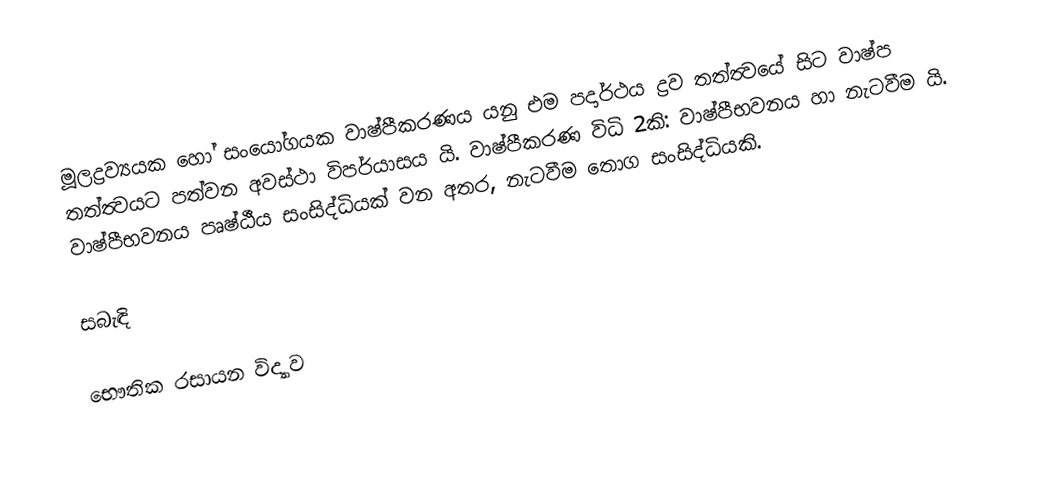
මූලද්‍රව්‍යයක හෝ සංයෝගයක වාෂ්පීකරණය යනු එම පදාර්ථය ද්‍රව තත්ත්‍වයේ සිට වාෂ්ප තත්ත්‍වයට පත්වන අවස්ථා විපර්යාසය යි. වාෂ්පීකරණ විධි 2කි: වාෂ්පීභවනය හා නැටවීම යි. වාෂ්පීභවනය පෘෂ්ඨීය සංසිද්ධියක් වන අතර, නැටවීම තොග සංසිද්ධියකි.

සබැඳි 

භෞතික රසායන විද්‍යාව